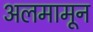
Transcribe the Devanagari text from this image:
अलमामून